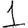
Digit: 1